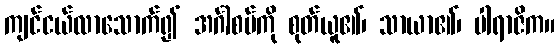
ကျင်ငယ်လာသောက်၍ အင်္ဂါစပ်ကို စုတ်ယူ၏၊ သာယာ၏၊ ပါရာဇိက။